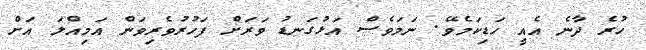
ހުރެ ދާނެ އެއީ ހަޑިކަމެވޭ. ނަމަވެސް އަޅުގަނޑު ވަރަށް ފަހުރުވެރިވަން އަމިއްލަ އަށް